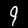
Label: 9